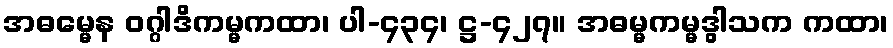
အဓမ္မေန ဝဂ္ဂါဒိကမ္မကထာ၊ ပါ-၄၃၄၊ ဋ္ဌ-၄၂၇။ အဓမ္မကမ္မဒွါသက ကထာ၊